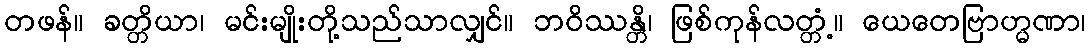
တဖန်။ ခတ္တိယာ၊ မင်းမျိုးတို့သည်သာလျှင်။ ဘဝိဿန္တိ၊ ဖြစ်ကုန်လတ္တံ့။ ယေတေဗြာဟ္မဏာ၊